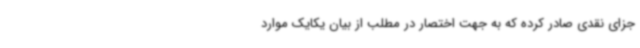
جزای نقدی صادر کرده که به جهت اختصار در مطلب از بیان یکایک موارد